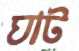
ঘাট